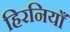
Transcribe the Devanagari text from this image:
हिरनियाँ